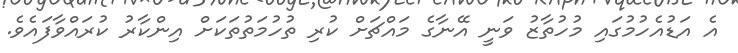
އެ އަޑުއެހުމުގައި މުހުތާޒު ވަނީ އޭނާގެ މައްޗަށް ކުރި ތުހުމަތުތަކަށް އިންކާރު ކުރައްވާފައެވެ.